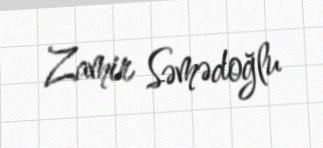
Zamir Səmədoğlu